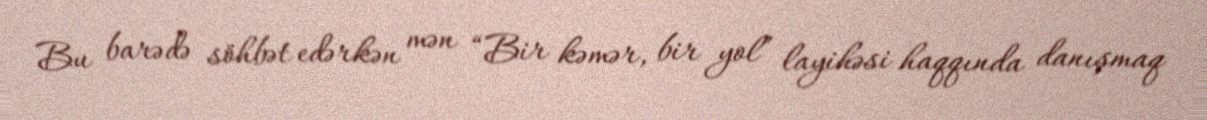
Bu barədə söhbət edərkən mən “Bir kəmər, bir yol” layihəsi haqqında danışmaq